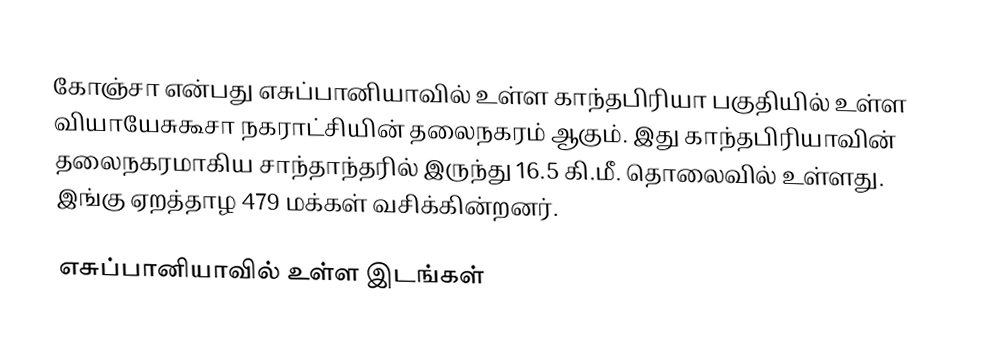
கோஞ்சா என்பது எசுப்பானியாவில் உள்ள காந்தபிரியா பகுதியில் உள்ள வியாயேசுகூசா நகராட்சியின் தலைநகரம் ஆகும். இது காந்தபிரியாவின் தலைநகரமாகிய சாந்தாந்தரில் இருந்து 16.5 கி.மீ. தொலைவில் உள்ளது. இங்கு ஏறத்தாழ 479 மக்கள் வசிக்கின்றனர்.

எசுப்பானியாவில் உள்ள இடங்கள்